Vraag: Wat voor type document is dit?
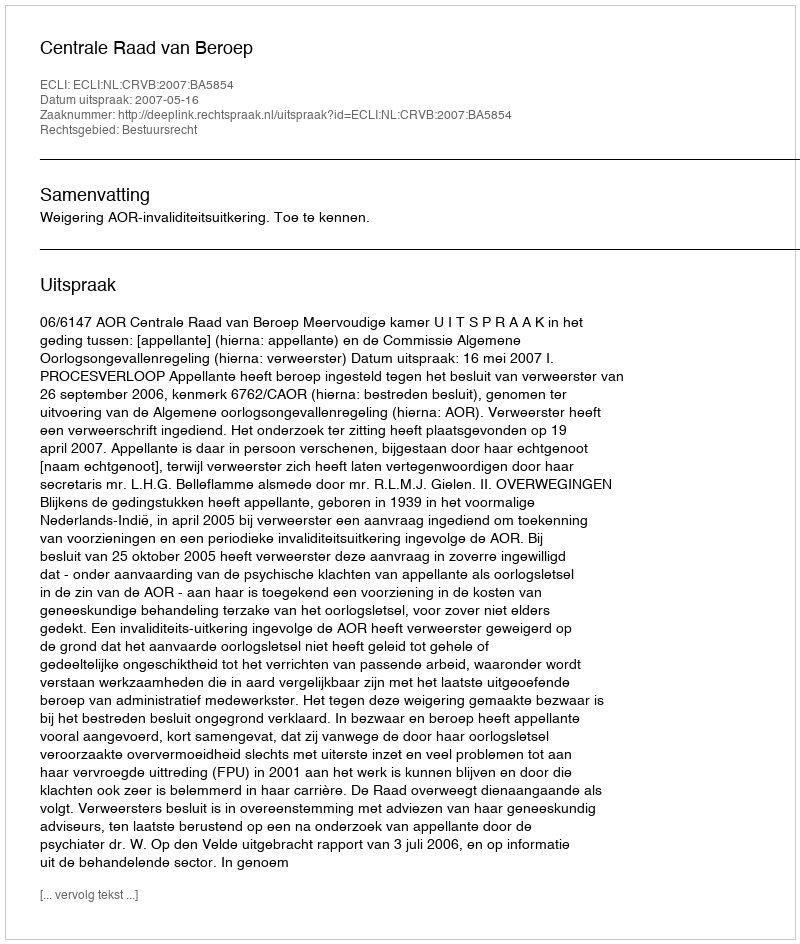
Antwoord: Uitspraak